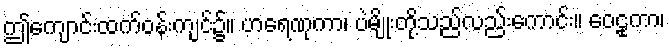
ဤကျောင်းထက်ဝန်းကျင်၌။ ဟရေဏုကာ၊ ပဲမျိုးတို့သည်လည်းကောင်း။ ဝေဠုကာ၊